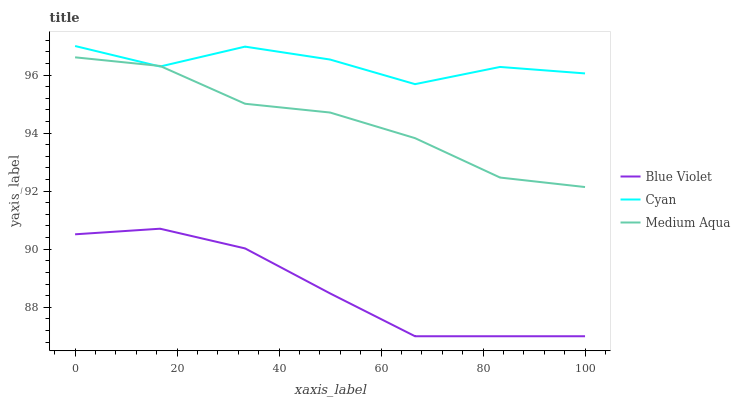
| xaxis_label | Blue Violet | Cyan | Medium Aqua |
 | --- | --- | --- | --- |
 | 0 | 90.5 | 97 | 96.6 |
 | 16.7 | 90.7 | 96.3 | 96.3 |
 | 33.3 | 90 | 97 | 95 |
 | 50 | 88.5 | 96.5 | 94.7 |
 | 66.7 | 87 | 95.7 | 93.8 |
 | 83.3 | 87 | 96.3 | 92.5 |
 | 100 | 87 | 96.1 | 92.1 |